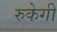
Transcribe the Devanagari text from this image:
रुकेगी